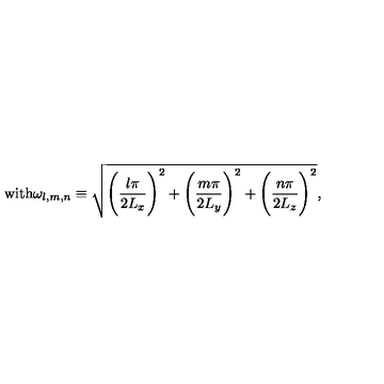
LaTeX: \mathrm { w i t h } \omega _ { l , m , n } \equiv \sqrt { \Biggl ( \frac { l \pi } { 2 L _ { x } } \Biggr ) ^ { 2 } + \Biggl ( \frac { m \pi } { 2 L _ { y } } \Biggr ) ^ { 2 } + \Biggl ( \frac { n \pi } { 2 L _ { z } } \Biggr ) ^ { 2 } } ,